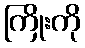
ကြိုးကို